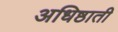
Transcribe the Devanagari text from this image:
अधिष्ठाती